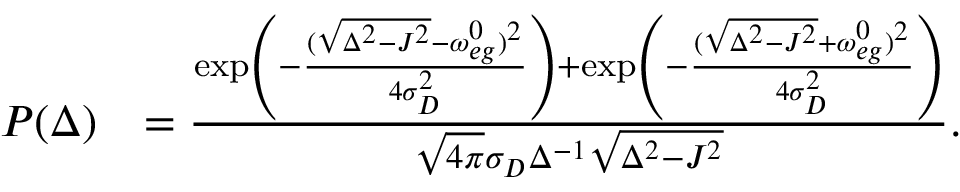
\begin{array} { r l } { P ( \Delta ) } & { = \frac { \exp \left( - \frac { ( \sqrt { \Delta ^ { 2 } - J ^ { 2 } } - \omega _ { e g } ^ { 0 } ) ^ { 2 } } { 4 \sigma _ { D } ^ { 2 } } \right) + \exp \left( - \frac { ( \sqrt { \Delta ^ { 2 } - J ^ { 2 } } + \omega _ { e g } ^ { 0 } ) ^ { 2 } } { 4 \sigma _ { D } ^ { 2 } } \right) } { \sqrt { 4 \pi } \sigma _ { D } \Delta ^ { - 1 } \sqrt { \Delta ^ { 2 } - J ^ { 2 } } } . } \end{array}